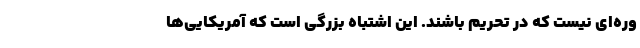
وره‌ای نیست که در تحریم باشند. این اشتباه بزرگی است که آمریکایی‌ها